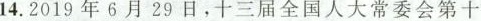
14.2019年6月29日，十三届全国人大常委会第十